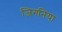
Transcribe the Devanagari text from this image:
जिगनिया